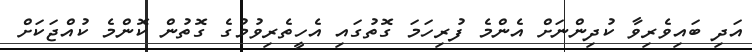
އަދި ބައިވެރިވާ ކުދިންނަށް އެންމެ ފުރިހަމަ ގޮތުގައި އެހީތެރިވުމުގެ ގޮތުން ކޮންމެ ކުއްޖަކަށް